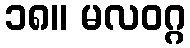
၁၈။ မလဝဂ္ဂ